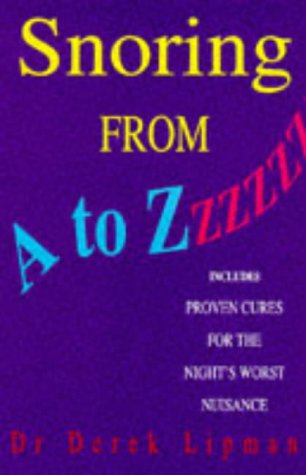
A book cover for Snoring from A to Z; Derek S. Lipman; Health, Fitness & Dieting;